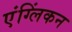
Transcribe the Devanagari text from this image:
एंग्लिंकन